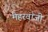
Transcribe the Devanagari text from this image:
मेहरवांजी